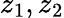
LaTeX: z_{1},z_{2}